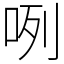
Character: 咧